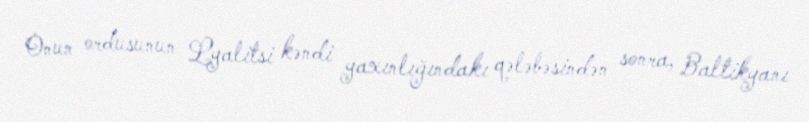
Onun ordusunun Lyalitsi kəndi yaxınlığındakı qələbəsindən sonra, Baltikyanı